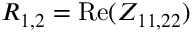
R _ { 1 , 2 } = \mathrm { R e } ( Z _ { 1 1 , 2 2 } )